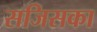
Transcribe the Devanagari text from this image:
सजिसका